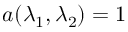
a ( \lambda _ { 1 } , \lambda _ { 2 } ) = 1